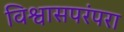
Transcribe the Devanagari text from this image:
विश्वासपरंपरा